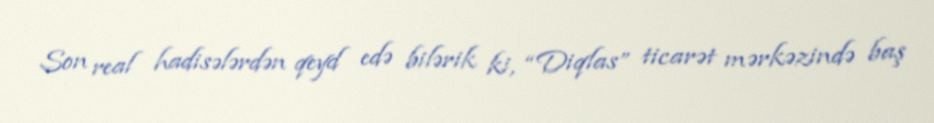
Son real hadisələrdən qeyd edə bilərik ki, “Diqlas” ticarət mərkəzində baş